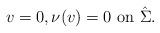
LaTeX: \begin{align*} v=0, \nu(v)=0 \mbox{ on }\hat \Sigma. \end{align*}